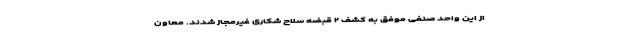
از این واحد صنفی موفق به کشف ۲ قبضه سلاح شکاری غیرمجاز شدند. معاون